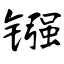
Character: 镪